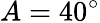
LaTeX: A=40^{\circ}